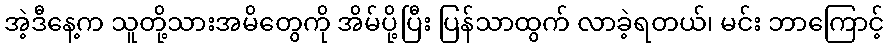
အဲ့ဒီနေ့က သူတို့သားအမိတွေကို အိမ်ပို့ပြီး ပြန်သာထွက် လာခဲ့ရတယ်၊ မင်း ဘာကြောင့်